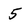
Character: 5